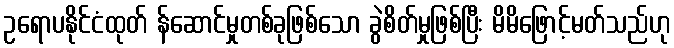
ဥရောပနိုင်ငံထုတ် န်ဆောင်မှုတစ်ခုဖြစ်သော ခွဲစိတ်မှုဖြစ်ပြီး မိမိဖြောင့်မတ်သည်ဟု